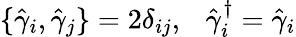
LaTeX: \{ \hat{\gamma}_{i},\hat{\gamma}_{j}\} =2{\delta}_{ij},\ \ \ \hat{\gamma}_{i}^{\dagger}=\hat{\gamma}_{i}